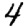
Digit: 4